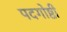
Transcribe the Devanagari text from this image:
पदगोष्ठी